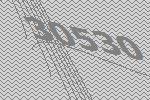
30530